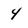
Character: 4